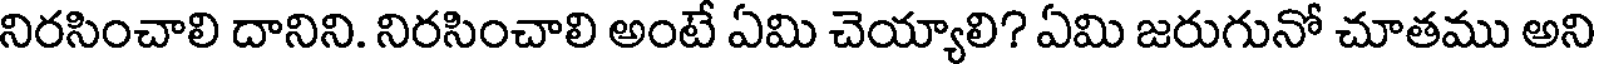
నిరసించాలి దానిని. నిరసించాలి అంటే ఏమి చెయ్యాలి? ఏమి జరుగునో చూతము అని